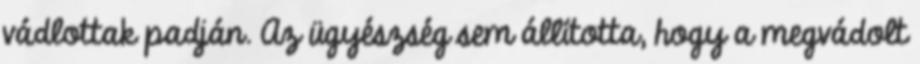
vádlottak padján. Az ügyészség sem állította, hogy a megvádolt